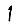
Digit: 1